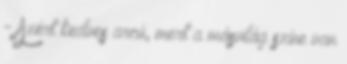
- Azért kedves arcú, mert a másvilág színe van